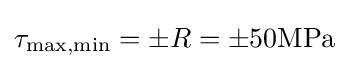
\tau _{\max ,\min }=\pm R=\pm 50{\textrm {MPa}}